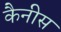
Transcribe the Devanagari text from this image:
कैनीस